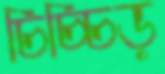
চিচ্চিড়